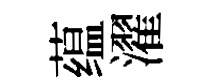
蕴濯